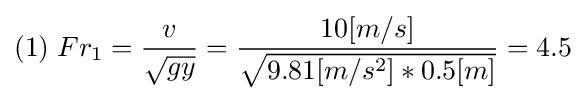
(1)\;Fr_{1}={\frac {v}{\sqrt {gy}}}={\frac {10[m/s]}{\sqrt {9.81[m/s^{2}]*0.5[m]}}}=4.5